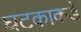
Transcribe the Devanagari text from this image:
घटकाकडे